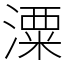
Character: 潥